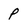
Character: P